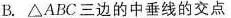
B. △ABC三边的中垂线的交点